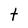
Character: t